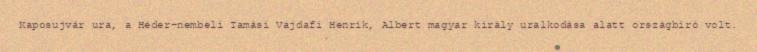
Kaposujvár ura, a Héder-nembeli Tamási Vajdafi Henrik, Albert magyar király uralkodása alatt országbíró volt.